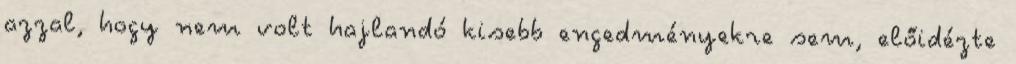
azzal, hogy nem volt hajlandó kisebb engedményekre sem, előidézte